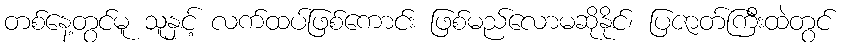
တစ်နေ့တွင်မူ သူနှင့် လက်ထပ်ဖြစ်ကောင်း ဖြစ်မည်လောမဆိုနိုင်၊ ပြဇာတ်ကြီးထဲတွင်